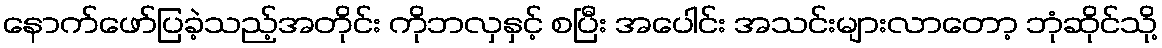
နောက်ဖော်ပြခဲ့သည့်အတိုင်း ကိုဘလှနှင့် စပြီး အပေါင်း အသင်းများလာတော့ ဘုံဆိုင်သို့